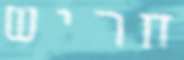
חריש